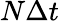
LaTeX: N\Delta t